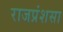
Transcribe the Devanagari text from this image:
राजप्रंशसा